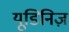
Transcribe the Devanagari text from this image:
यूडिनिज़